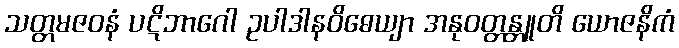
သတ္တမဇဝနံ ပဋိဘာဂေါ ဥပါဒါနဝိဓေယျာ အနုဝတ္တန္တူတိ ယောဇနိကံ